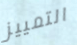
التمييز